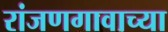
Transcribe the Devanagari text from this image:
रांजणगावाच्या